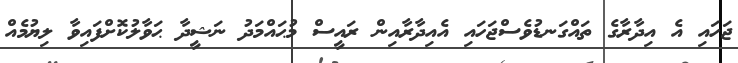
ޖަހައި އެ އިދާރާގެ ތައްގަނޑުވެސްޖަހައި އެއިދާރާއިން ރައީސް މުޙައްމަދު ނަޝީދާ ޙަވާލުކޮށްފައިވާ ލިޔުމެއް